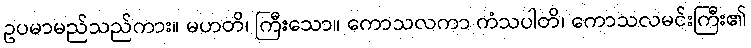
ဥပမာမည်သည်ကား။ မဟတိ၊ ကြီးသော။ ကောသလကာ ကံသပါတိ၊ ကောသလမင်းကြီး၏